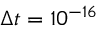
\Delta t = 1 0 ^ { - 1 6 }